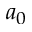
a _ { 0 }